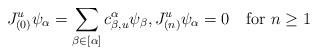
LaTeX: \begin{align*}J^{u}_{(0)}\psi_{\alpha}=\sum_{\beta\in[\alpha]}c_{\beta,u}^{\alpha}\psi_{\beta},J^{u}_{(n)}\psi_{\alpha}=0\quad\mathrm{for}\ n\geq1\end{align*}